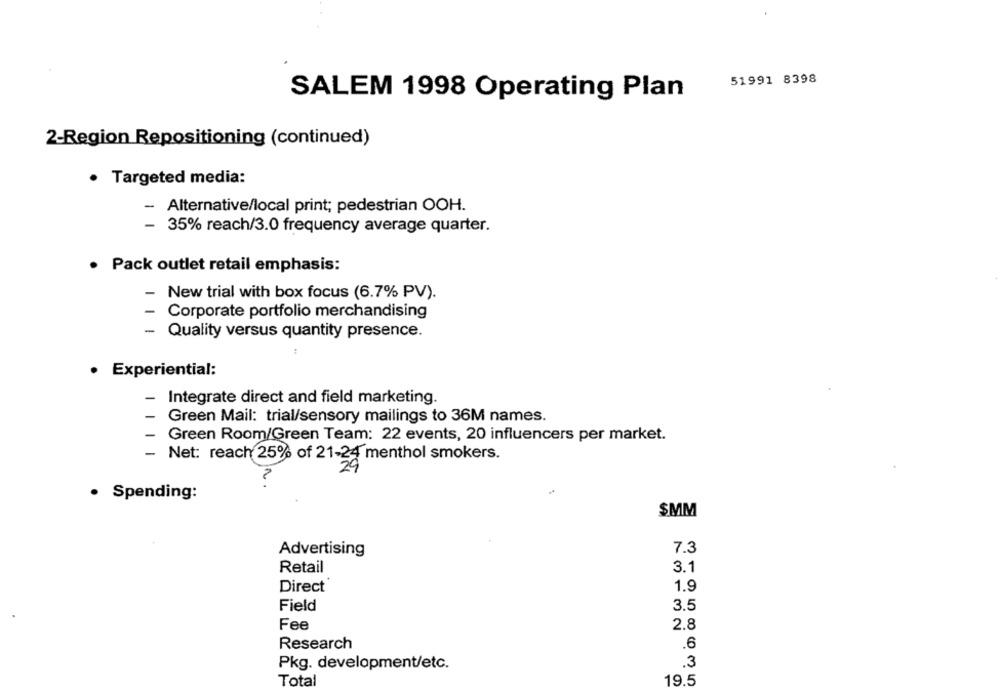
51991 8398
SALEM 1998 Operating Plan
2-Region Repositioning (continued)
· Targeted media:
- Alternative/local print; pedestrian OOH.
- 35% reach/3.0 frequency average quarter.
· Pack outlet retail emphasis:
New trial with box focus (6.7% PV).
Corporate portfolio merchandising
- Quality versus quantity presence.
· Experiential:
1
Integrate direct and field marketing.
Green Mail: trial/sensory mailings to 36M names.
Green Room/Green Team: 22 events, 20 influencers per market.
Net: reach 25% of 21-24 menthol smokers.
· Spending:
$MM
Advertising
7.3
3.1
Retail
Direct
1.9
Field
3.5
Fee
2.8
.6
Research
3
Pkg. development/etc.
Total
19.5